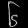
Digit: ၆